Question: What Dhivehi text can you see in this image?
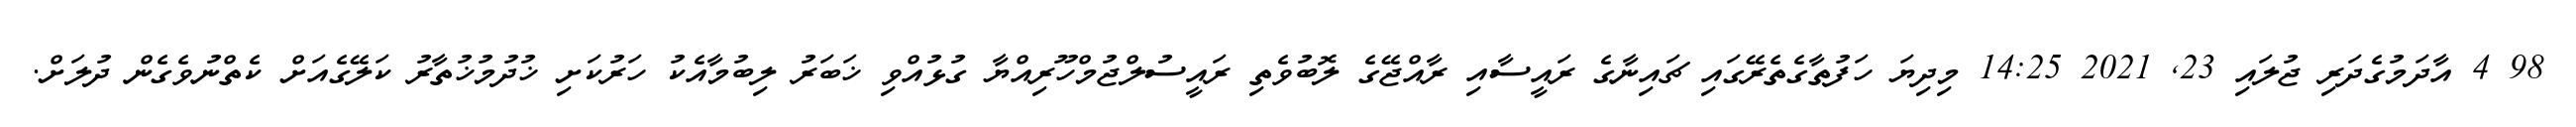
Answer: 98 4 އާދަމުގެދަރި ޖުލައި 23, 2021 14:25 މިދިޔަ ހަފުތާގެތެރޭގައި ޗައިނާގެ ރައީސާއި ރާއްޖޭގެ ލޮބުވެތި ރައީސުލްޖުމްހޫރިއްޔާ ގުޅުއްވި ޚަބަރު ލިބުމާއެކު ހަރުކަށި ޚުދުމުޚުތާރު ކަލޭގެއަށް ކެތްނުވެގެން ދުލަށް.